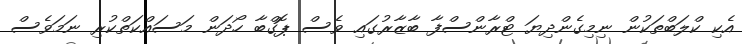
އެކި ކްލަބްތަކުން ނިމިގެންދިޔަ ޓްރާންސްފާ ބާޒާރުގައި ވެސް ޕޮގްބާ ހޯދަން މަސައްކަތްކުރި ނަމަވެސް